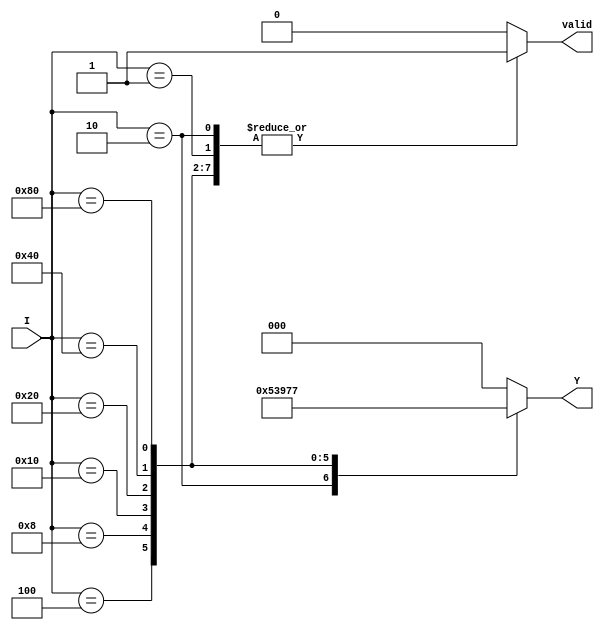
module encoder_8to3 (
    input wire [7:0] I,       // 8 input lines
    output reg [2:0] Y,       // 3 output lines
    output reg valid           // Valid signal
);

always @(*) begin
    case (I)
        8'b00000001: begin Y = 3'b000; valid = 1; end // I0
        8'b00000010: begin Y = 3'b001; valid = 1; end // I1
        8'b00000100: begin Y = 3'b010; valid = 1; end // I2
        8'b00001000: begin Y = 3'b011; valid = 1; end // I3
        8'b00010000: begin Y = 3'b100; valid = 1; end // I4
        8'b00100000: begin Y = 3'b101; valid = 1; end // I5
        8'b01000000: begin Y = 3'b110; valid = 1; end // I6
        8'b10000000: begin Y = 3'b111; valid = 1; end // I7
        default: begin Y = 3'b000; valid = 0; end      // No inputs active
    endcase
end

endmodule